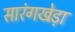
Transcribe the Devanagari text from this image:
सारंगखेड़ा